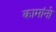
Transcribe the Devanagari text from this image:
कामांनो